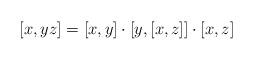
LaTeX: \begin{align*} [x,yz] = [x,y] \cdot [y,[x,z]] \cdot [x,z] \end{align*}